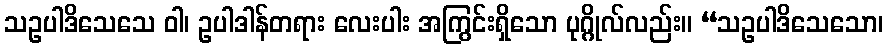
သဥပါဒိသေသေ ဝါ၊ ဥပါဒါန်တရား လေးပါး အကြွင်းရှိသော ပုဂ္ဂိုလ်လည်း။ “သဥပါဒိသေသော၊